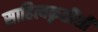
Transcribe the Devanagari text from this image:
साहित्यकृतींशी